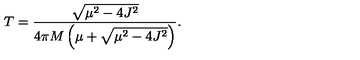
T = \frac { \sqrt { \mu ^ { 2 } - 4 J ^ { 2 } } } { 4 \pi M \left( \mu + \sqrt { \mu ^ { 2 } - 4 J ^ { 2 } } \right) } .